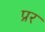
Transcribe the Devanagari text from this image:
प्रर